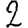
Digit: 2